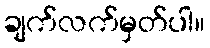
ချက်လက်မှတ်ပါ။